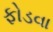
ફોડવા